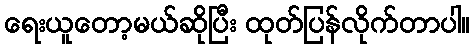
ရေးယူတော့မယ်ဆိုပြီး ထုတ်ပြန်လိုက်တာပါ။